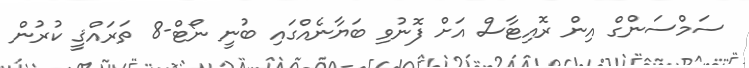
ސަމްސަންގް އިން ރޮއިޓާސް އަށް ފޮނުވި ބަޔާނެއްގައި ބުނީ ނޯޓް-8 ތަރައްޤީ ކުރުން